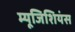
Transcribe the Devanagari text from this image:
म्यूजिशियंस